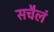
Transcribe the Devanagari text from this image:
सचैलं